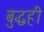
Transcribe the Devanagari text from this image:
बुद्धही